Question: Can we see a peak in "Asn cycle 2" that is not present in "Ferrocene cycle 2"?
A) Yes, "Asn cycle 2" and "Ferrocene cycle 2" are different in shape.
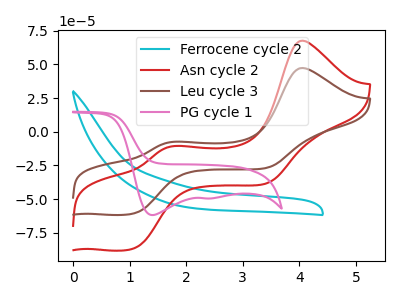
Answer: <think>The cyan curve "Ferrocene cycle 2" has no peaks. The red curve "Asn cycle 2" has anodic peaks at (4.05V, 67.70uA) (1.80V, -10.65uA) and cathodic peaks at (1.10V, -86.60uA) (3.40V, -38.35uA). The brown curve "Leu cycle 3" has anodic peaks at (4.05V, 47.40uA) (1.80V, -7.45uA) and cathodic peaks at (1.10V, -60.65uA) (3.40V, -26.85uA). The pink curve "PG cycle 1" has cathodic peaks at (1.40V, -61.90uA) (2.45V, -49.55uA).
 "Asn cycle 2" and "Ferrocene cycle 2" have a different number of peaks.</think>
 <answer>A) Yes, "Asn cycle 2" and "Ferrocene cycle 2" are different in shape.</answer>
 <eval>A</eval>